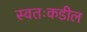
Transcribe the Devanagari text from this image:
स्वतःकडील